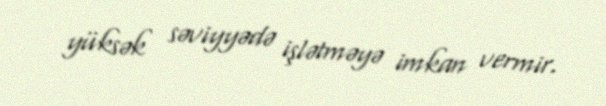
yüksək səviyyədə işlətməyə imkan vermir.